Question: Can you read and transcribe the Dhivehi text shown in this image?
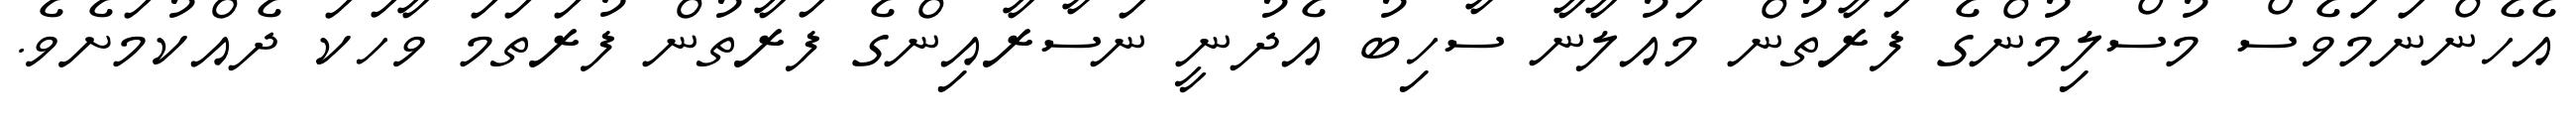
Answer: އެހެންނަމަވެސް މުސްލިމުންގެ ފަރާތުން މައުލާނާ ސާހިބު އެދުނީ ނަސާރާއިންގެ ފަރާތުން ފުރަތަމަ ވާހަކަ ދެއްކުމަށެވެ.